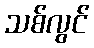
သစ်လွင်